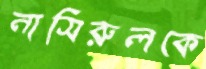
নাসিরুলকে